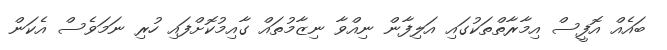
ބައެއް އޮފީސް އިމާރާތްތަކުގައި އަލިފާން ނިއްވާ ނިޒާމުތައް ގާއިމުކޮށްފައި ހުރި ނަމަވެސް އެކަން